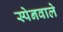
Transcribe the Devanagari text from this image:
स्पेनवाले